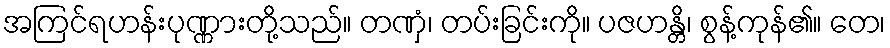
အကြင်ရဟန်းပုဏ္ဏားတို့သည်။ တဏှံ၊ တပ်းခြင်းကို။ ပဇဟန္တိ၊ စွန့်ကုန်၏။ တေ၊